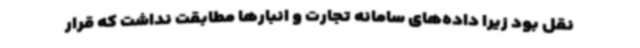
نقل بود زیرا داده‌های سامانه تجارت و انبارها مطابقت نداشت که قرار